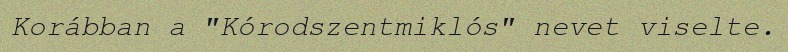
Korábban a "Kórodszentmiklós" nevet viselte.